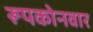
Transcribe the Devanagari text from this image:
रूपकोनवार